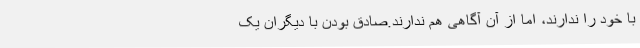
با خود را ندارند، اما از آن آگاهی هم ندارند.صادق بودن با دیگران یک